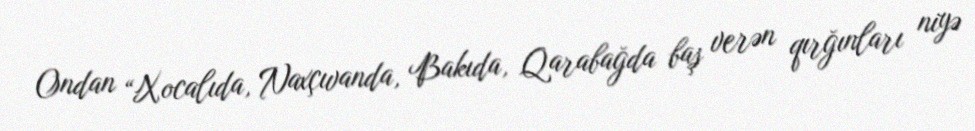
Ondan “Xocalıda, Naxçıvanda, Bakıda, Qarabağda baş verən qırğınları niyə